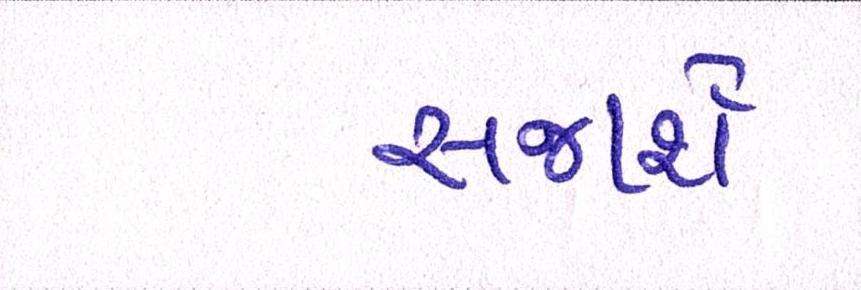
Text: સજાર્શેઃ